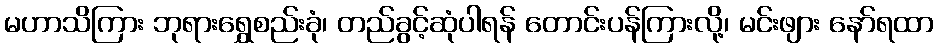
မဟာသိကြား ဘုရားရွှေစည်းခုံ၊ တည်ခွင့်ဆုံပါရန် တောင်းပန်ကြားလို့၊ မင်းဖျား နော်ရထာ